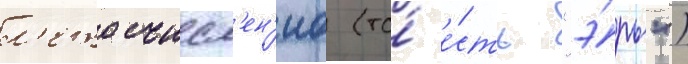
л'етосчисл'ен'иа (то́ е́сть "э́ры")